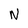
Character: N